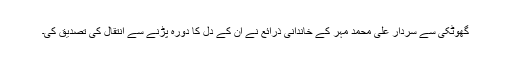
گھوٹکی سے سردار علی محمد مہر کے خاندانی ذرائع نے ان کے دل کا دورہ پڑنے سے انتقال کی تصدیق کی۔